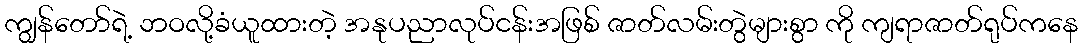
ကျွန်တော်ရဲ့ ဘဝလို့ခံယူထားတဲ့ အနုပညာလုပ်ငန်းအဖြစ် ဇာတ်လမ်းတွဲများစွာ ကို ကျရာဇာတ်ရုပ်ကနေ